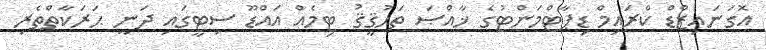
އޮގަނައިޒްޑް ކްރައިމް ޑިޕާޓްމަންޓުގެ ޚާއްޞަ ތަޙުޤީޤު ޓިމެއް އައްޑޫ ސިޓީގައި ދަނީ ޙަރަކާތްތެރި